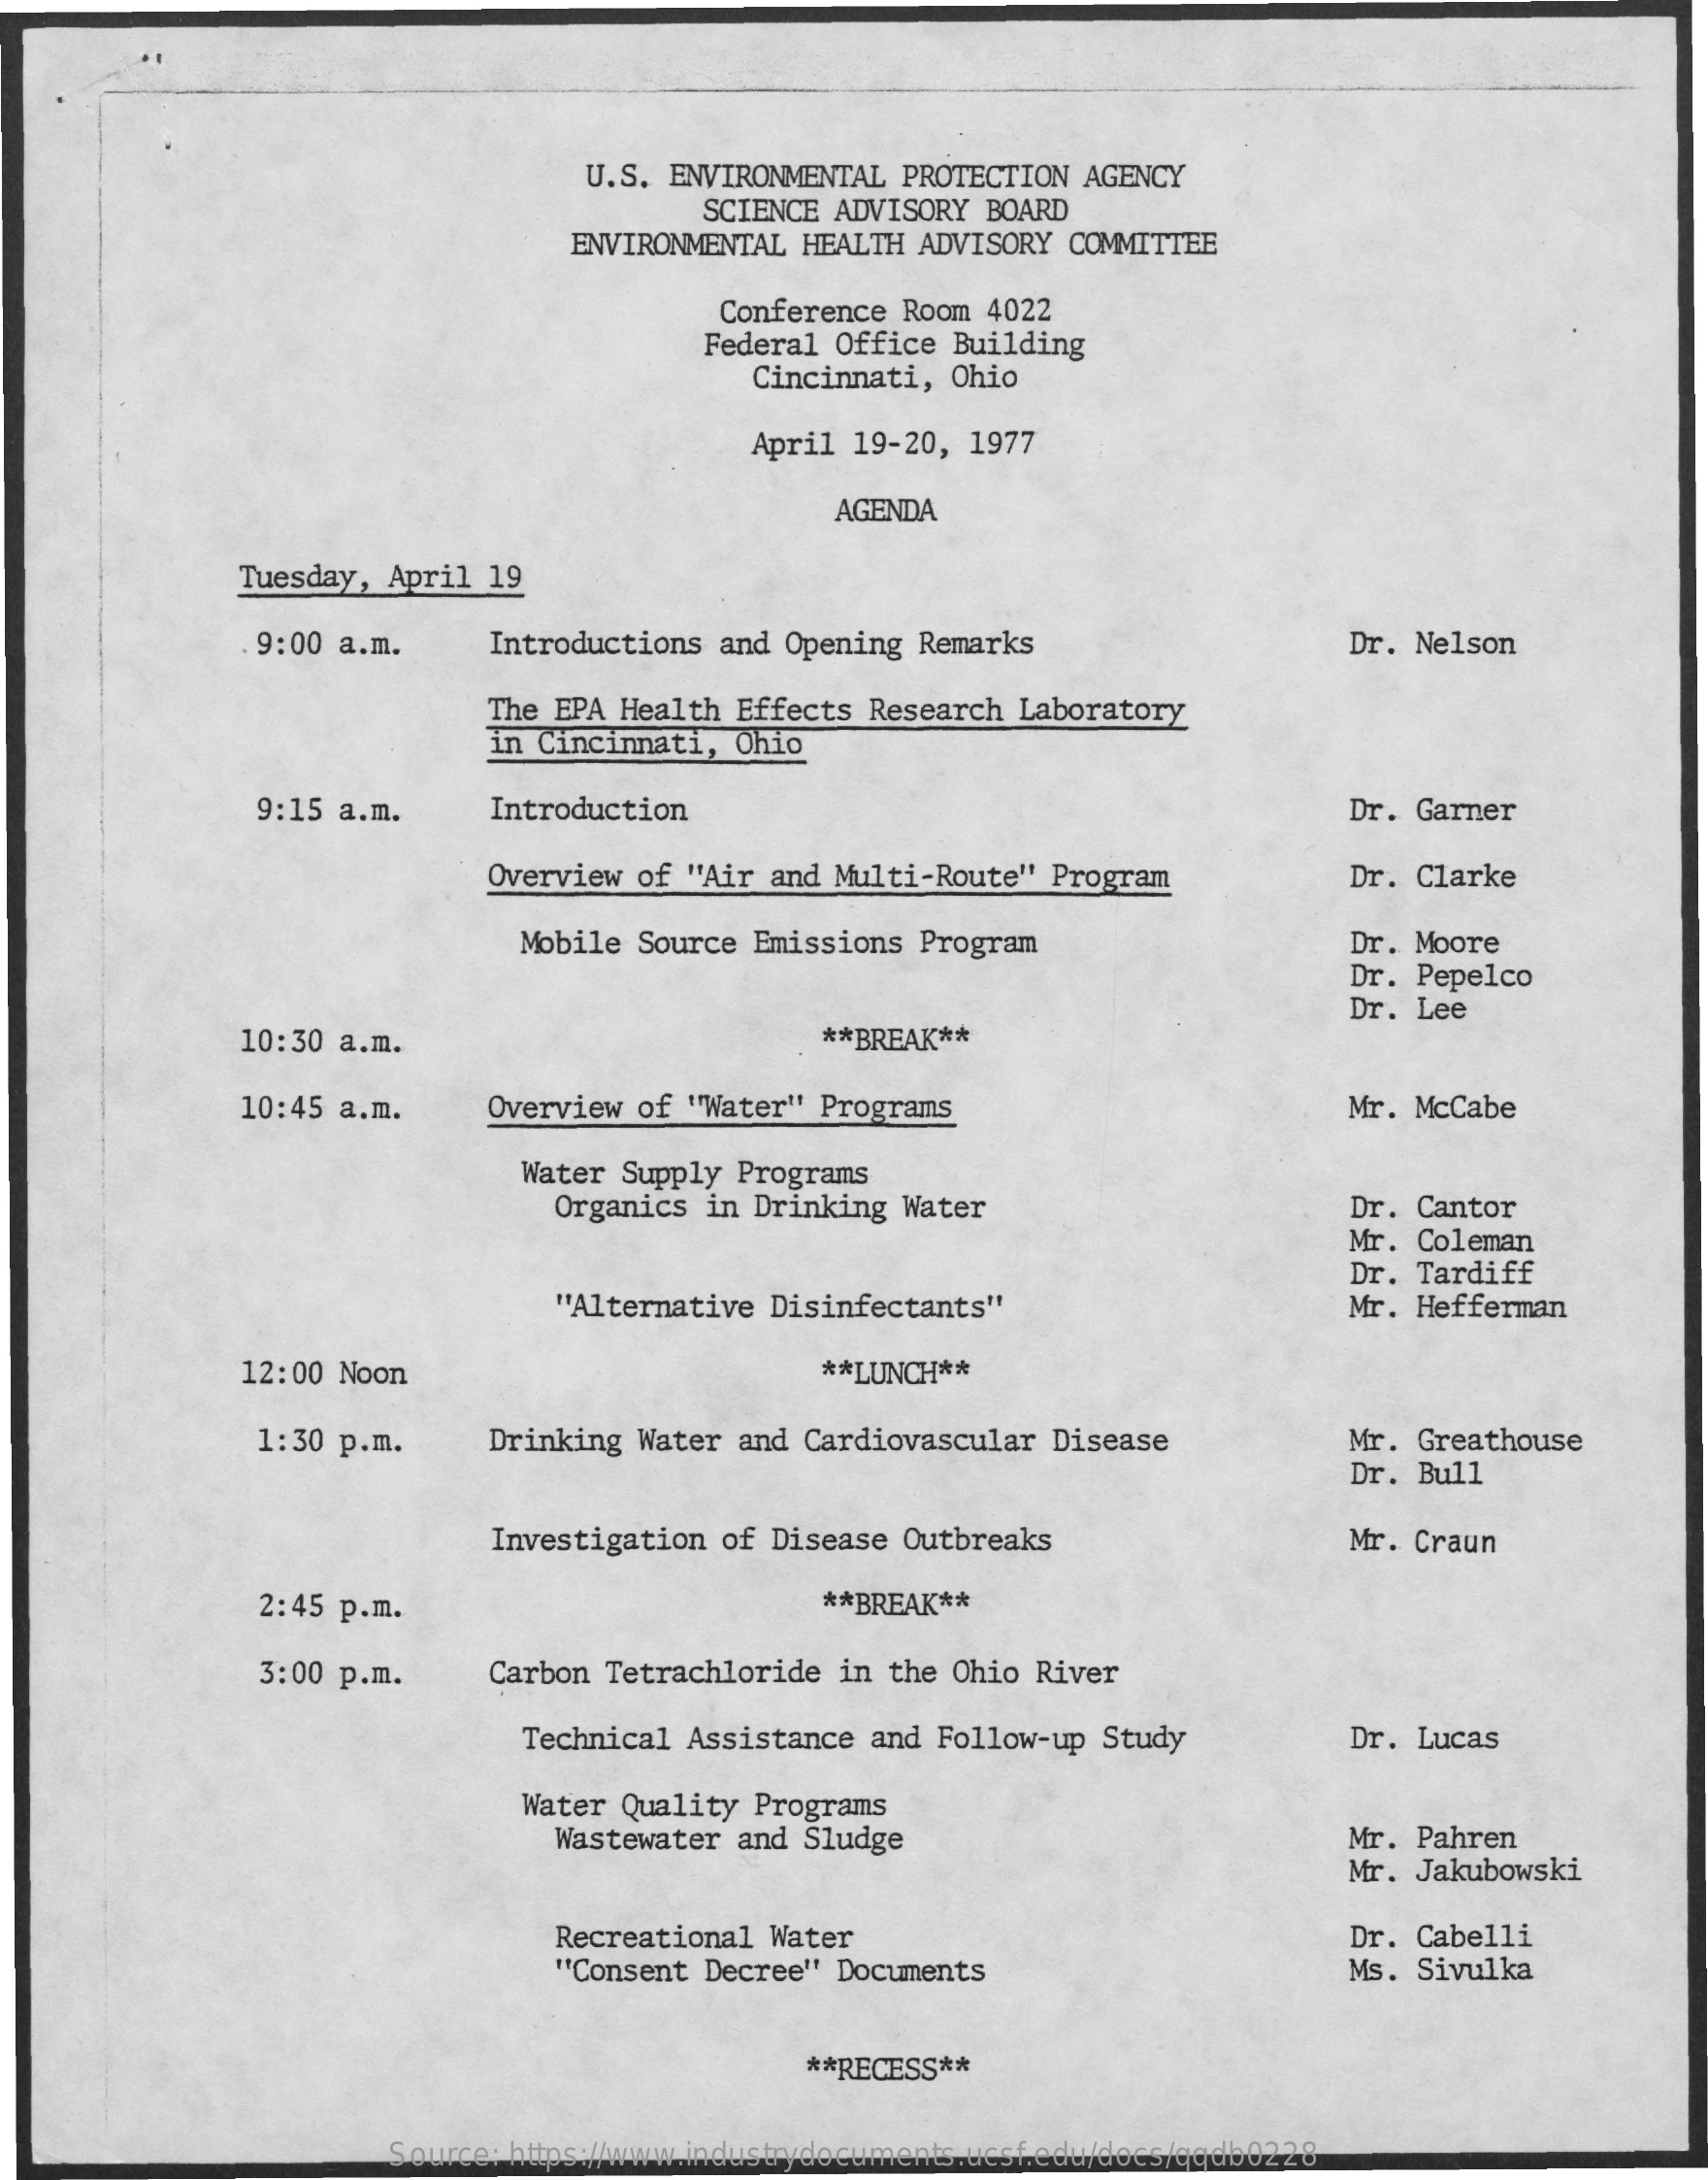
U.S.  ENVIRONMENTAL PROTECTION  AGENCY
     SCIENCE ADVISORY  BOARD
     ENVIRONMENTAL HEALTH  ADVISORY COMMITTEE
     Conference Room  4022
     Federal Office  Building
     Cincinnati, Ohio
     April 19-20,  1977
     AGENDA
     Tuesday,  April 19
     9:00 a.m.    Introductions  and Opening Remarks    Dr. Nelson
     The EPA Health  Effects Research  Laboratory
     in Cincinnati,  Ohio
     9:15 a.m.    Introduction    Dr. Garner
     Overview  of "Air and Multi-Route"  Program    Dr. Clarke
     Mobile  Source Emissions  Program    Dr. Moore
     Dr. Pepelco
     10:30 a.m.    ** BREAK **
     Dr. Lee
     10:45  a.m.    Overview  of "Water" Programs    Mr. McCabe
     Water  Supply Programs
     Organics in Drinking  Water    Dr. Cantor
     Mr. Coleman
     "Alternative Disinfectants"
     Dr. Tardiff
     Mr. Hefferman
     12:00 Noon    ** LUNCH **
     1:30 p.m.    Drinking  Water and Cardiovascular  Disease    Mr. Greathouse
     Dr. Bull
     Investigation  of Disease Outbreaks    Mr. Craun
     2:45 p.m.    ** BREAK **
     3:00 p.m.    Carbon  Tetrachloride  in the Ohio River
     Technical  Assistance  and Follow-up Study    Dr. Lucas
     Water Quality  Programs
     Wastewater  and Sludge    Mr. Pahren
     Mr. Jakubowski
     Recreational Water
     "Consent Decree" Documents
     Dr. Cabelli
     Ms. Sivulka
     ** RECESS **
     Source: https://www.industrydocuments.ucsf.edu/docs/qqdb0228